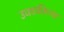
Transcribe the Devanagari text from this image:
उघडकीच्या